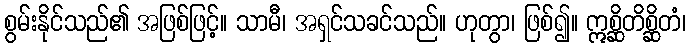
စွမ်းနိုင်သည်၏ အဖြစ်ဖြင့်။ သာမီ၊ အရှင်သခင်သည်။ ဟုတွာ၊ ဖြစ်၍။ ဣစ္ဆိတိစ္ဆိတံ၊